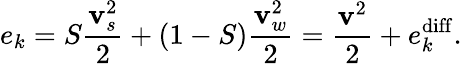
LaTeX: e_{k}=S\frac{{\mathbf v}_{s}^{2}}{2}+(1-S)\frac{{\mathbf v}_{w}^{2}}{2}=\frac{{\mathbf v}^{2}}{2}+e_{k}^{\mathrm{diff}}.